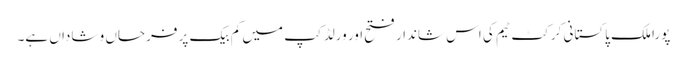
پورا ملک پاکستانی کرکٹ ٹیم کی اس شاندار فتح اور ورلڈ کپ میں کم بیک پر فرحاں و شاداں ہے۔